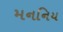
મનનિય